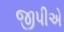
જીપીએ